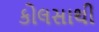
કોલસાથી